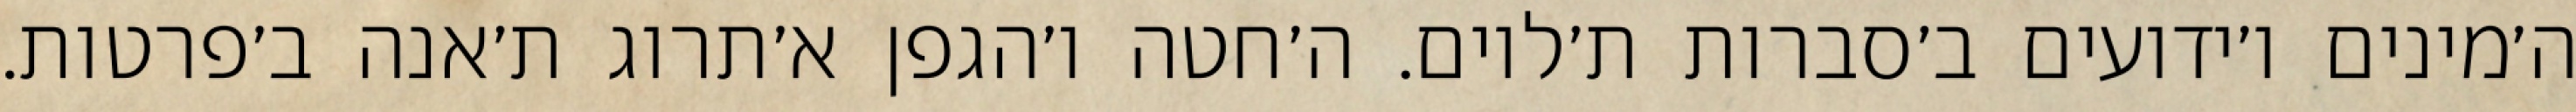
ה׳מינים ו׳ידועים ב׳סברות ת׳לוים. ה׳חטה ו׳הגפן א׳תרוג ת׳אנה ב׳פרטות.